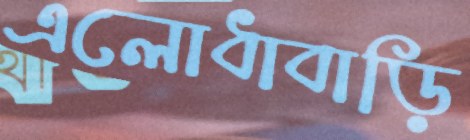
এলোধাবাড়ি